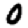
Digit: 0